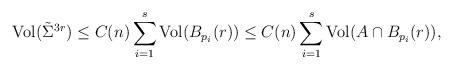
LaTeX: \begin{align*}{\rm Vol}({\tilde \Sigma}^{3r}) \leq C(n)\sum_{i=1}^s {\rm Vol}(B_{p_i}(r)) \leq C(n) \sum_{i=1}^s {\rm Vol}(A\cap B_{p_i}(r)),\end{align*}